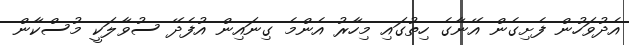
އެދުވަހުން ފެށިގެން އޭނާގެ ހިތުގައި މިހާރު އެންމެ ގިނައިން އުފެދޭ ސުވާލަކީ މުސްކާން